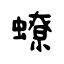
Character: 蟟